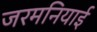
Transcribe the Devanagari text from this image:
जरमनियाई